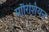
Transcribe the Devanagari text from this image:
मॉरिशियन